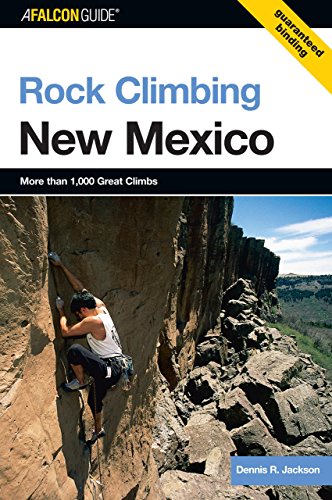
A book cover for Rock Climbing New Mexico (State Rock Climbing Series); Dennis Jackson; Sports & Outdoors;